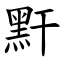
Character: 䵟